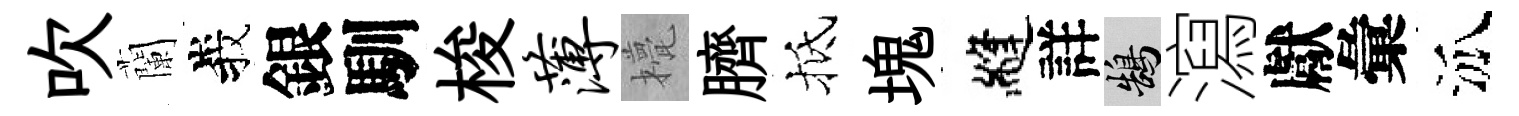
吹蘭峩銀馴梭薄甍臍抵塊縫詳鵠瀉獻彙泒